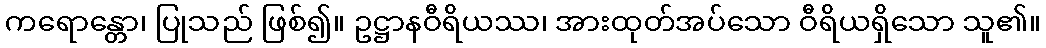
ကရောန္တော၊ ပြုသည် ဖြစ်၍။ ဥဋ္ဌာနဝီရိယဿ၊ အားထုတ်အပ်သော ဝီရိယရှိသော သူ၏။